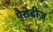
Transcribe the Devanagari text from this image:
पैरोडीज़